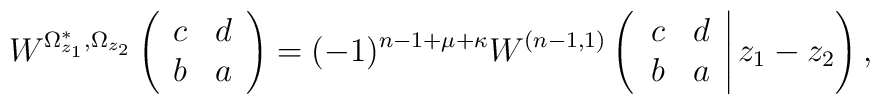
W^{\Omega^*_{z_1},\Omega_{z_2}}\left( \begin{array}{cc} c & d \\ b & a \end{array} \right)=(-1)^{n-1+\mu +\kappa} W^{(n-1,1)}\left( \left. \begin{array}{cc} c & d \\ b & a \end{array} \right| z_1 -z_2 \right),